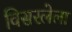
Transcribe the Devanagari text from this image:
विसरलेला